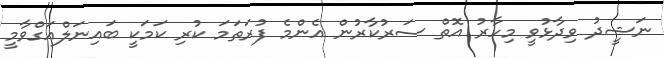
ނަޝީދު ވިދާޅުވީ މިހާރު އޮތް ސަރުކާރުން އެންމެ ފުރަތަމަ ކުރި ކަމަކީ ބައިނަލްއަގްވާމީ